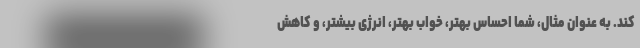
کند. به عنوان مثال، شما احساس بهتر، خواب بهتر، انرژی بیشتر، و کاهش